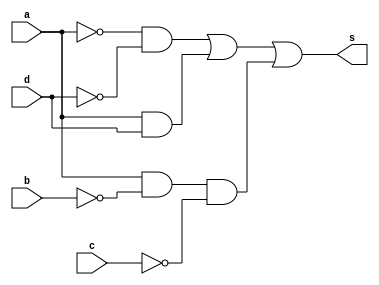
//---------------------------
//Nome: Thaise Souto Martins
//Matrcula: 395504
//---------------------------

//--------------------------
// ------- Guia08-02--------
//--------------------------



module ex2(s, a, b, c, d);
	output s;
	input a, b, c, d;
	wire n1, n2, n3, n4, c1, c2, c3;
	not NOT1(n1, a);
	not NOT2(n2, b);
	not NOT3(n3, c);
	not NOT4(n4, d);
	and AND1(c1, n1, n4);
	and AND2(c2, a, d);
	and AND3(c3, a, n2, n3);
	or OR1(s, c1, c2, c3);
endmodule // fim ex2

module testeex2();
	reg a, b, c, d;
	wire s;
	integer numero, i, j, k, l;

	ex2 EX2(s, a, b, c, d);

	initial begin
		a = 0;
		b = 0;
		c = 0;
		d = 0;
		numero = -1;
	end

	initial begin
		$display("Guia08-02 - Thaise Souto Martins - 395504 \n");
		#1 $display("   a b c d  Out");

		for(i = 0; i < 2; i = i + 1)begin
			a = i;
			for(j = 0; j < 2; j = j + 1)begin
				b = j;
				for(k = 0; k < 2; k = k + 1)begin
					c = k;
					for(l = 0; l < 2; l = l + 1)begin
						#1 d = l; numero = numero + 1;
						#1 $display("%2d %b %b %b %b  %b", numero, a, b, c, d, s);
					end
				end
			end
		end
	end
	
endmodule //fim testeex2